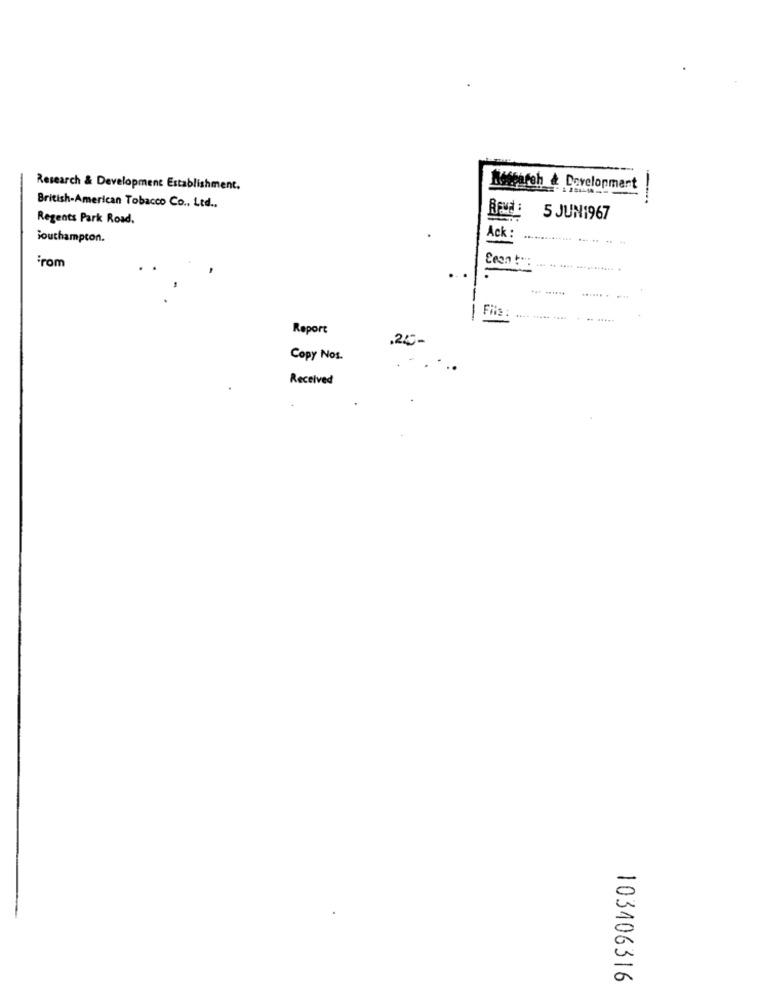
Research & Development Establishment.
Nosearch & Development
British-American Tobacco Co ., Ltd ..
Regents Park Road.
5 JUN1967
Southampton.
-
Ack :
irom
-
Fils:
Report
.25-
Copy Nos.
Received
103406316